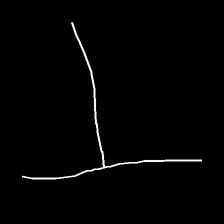
Glyph: column